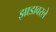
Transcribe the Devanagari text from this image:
झाडावरले